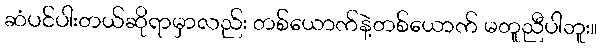
ဆံပင်ပါးတယ်ဆိုရာမှာလည်း တစ်ယောက်နဲ့တစ်ယောက် မတူညီပါဘူး။